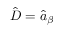
\hat { D } = \hat { a } _ { \beta }